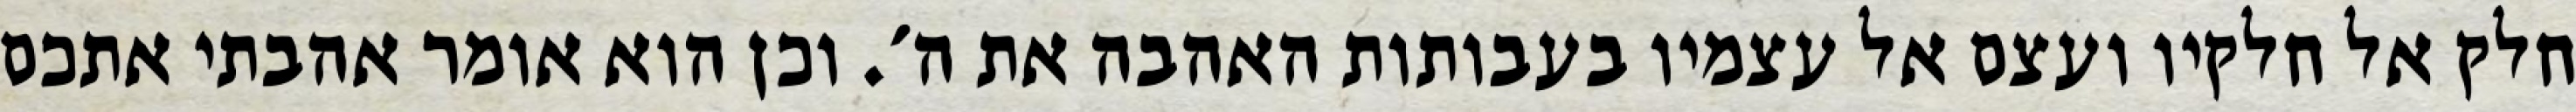
חלק אל חלקיו ועצם אל עצמיו בעבותות האהבה את ה׳. וכן הוא אומר אהבתי אתכם